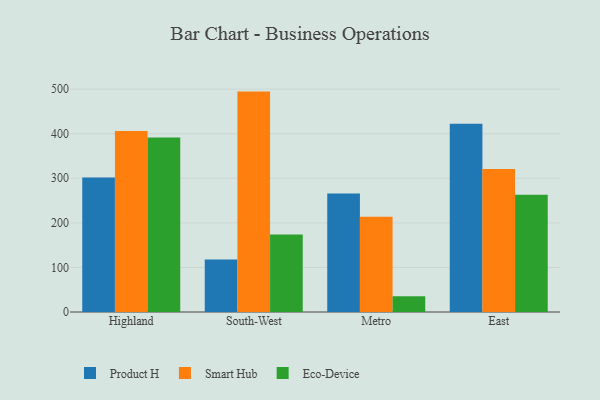
{"axis": {"x": "Region", "y": "Active Users"}, "legend": ["Eco-Device", "Product H", "Smart Hub"], "data": [{"x": "Highland", "y": 301.5, "type": "Product H"}, {"x": "Highland", "y": 406.0, "type": "Smart Hub"}, {"x": "Highland", "y": 391.4, "type": "Eco-Device"}, {"x": "South-West", "y": 117.9, "type": "Product H"}, {"x": "South-West", "y": 494.5, "type": "Smart Hub"}, {"x": "South-West", "y": 174.0, "type": "Eco-Device"}, {"x": "Metro", "y": 265.7, "type": "Product H"}, {"x": "Metro", "y": 213.8, "type": "Smart Hub"}, {"x": "Metro", "y": 35.4, "type": "Eco-Device"}, {"x": "East", "y": 422.4, "type": "Product H"}, {"x": "East", "y": 320.7, "type": "Smart Hub"}, {"x": "East", "y": 262.9, "type": "Eco-Device"}]}